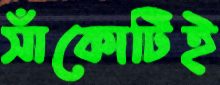
সাঁকোটিই